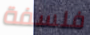
فلسفة